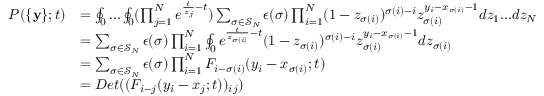
\begin{array} { r l } { P ( \{ \mathbf { y } \} ; t ) } & { = \oint _ { 0 } . . . \oint _ { 0 } ( \prod _ { j = 1 } ^ { N } e ^ { \frac { t } { z _ { j } } - t } ) \sum _ { \sigma \in \mathcal { S } _ { N } } \epsilon ( \sigma ) \prod _ { i = 1 } ^ { N } ( 1 - z _ { \sigma ( i ) } ) ^ { \sigma ( i ) - i } z _ { \sigma ( i ) } ^ { y _ { i } - x _ { \sigma ( i ) } - 1 } d z _ { 1 } . . . d z _ { N } } \\ & { = \sum _ { \sigma \in \mathcal { S } _ { N } } \epsilon ( \sigma ) \prod _ { i = 1 } ^ { N } \oint _ { 0 } e ^ { \frac { t } { z _ { \sigma ( i ) } } - t } ( 1 - z _ { \sigma ( i ) } ) ^ { \sigma ( i ) - i } z _ { \sigma ( i ) } ^ { y _ { i } - x _ { \sigma ( i ) } - 1 } d z _ { \sigma ( i ) } } \\ & { = \sum _ { \sigma \in \mathcal { S } _ { N } } \epsilon ( \sigma ) \prod _ { i = 1 } ^ { N } F _ { i - \sigma ( i ) } ( y _ { i } - x _ { \sigma ( i ) } ; t ) } \\ & { = D e t ( ( F _ { i - j } ( y _ { i } - x _ { j } ; t ) ) _ { i j } ) } \end{array}